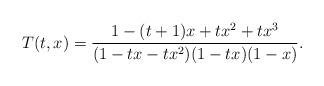
LaTeX: \begin{align*}T(t,x) = \frac{1-(t+1)x+t x^2+t x^3}{(1-tx-tx^2)(1-tx)(1-x)}.\end{align*}